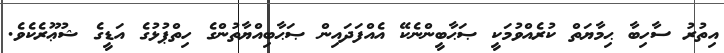
އިތުރު ސާހިބާ ޙިމާޔަތް ކުރެއްވުމަކީ ޞަޙާބީންނެކޭ އެއްފަދައިން ޞަޙާބިއްޔާތުންގެ ހިތްޕުޅުގެ އަޑީގެ ޝުޢޫރެކެވެ.